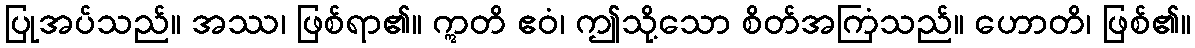
ပြုအပ်သည်။ အဿ၊ ဖြစ်ရာ၏။ ဣတိ ဧဝံ၊ ဤသို့သော စိတ်အကြံသည်။ ဟောတိ၊ ဖြစ်၏။